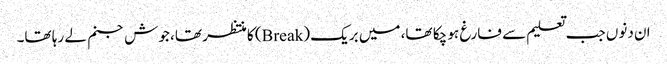
ان دنوں جب تعلیم سے فارغ ہو چکا تھا، میں بریک (Break) کا منتظر تھا، جوش جنم لے رہا تھا۔